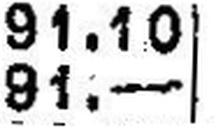
91.—